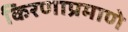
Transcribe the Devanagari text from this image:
किरणाप्रमाणे